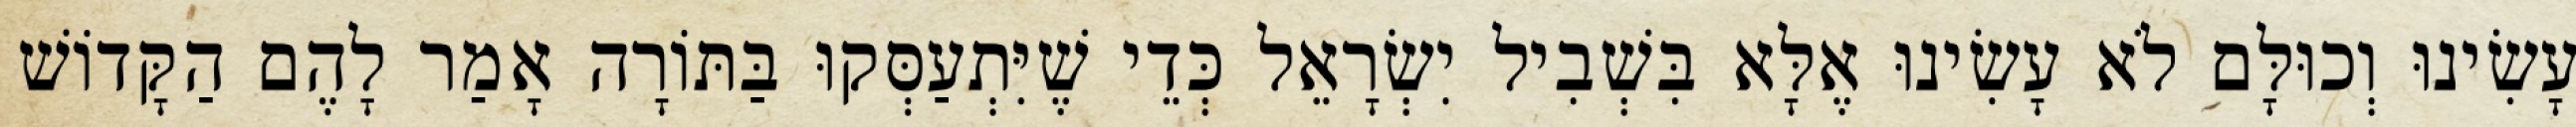
עָשִׂינוּ וְכוּלָּם לֹא עָשִׂינוּ אֶלָּא בִּשְׁבִיל יִשְׂרָאֵל כְּדֵי שֶׁיִּתְעַסְּקוּ בַּתּוֹרָה אָמַר לָהֶם הַקָּדוֹשׁ